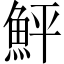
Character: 鮃